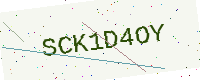
Text: SCK1D4OY